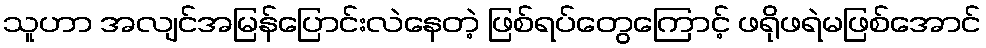
သူဟာ အလျင်အမြန်ပြောင်းလဲနေတဲ့ ဖြစ်ရပ်တွေကြောင့် ဖရိုဖရဲမဖြစ်အောင်